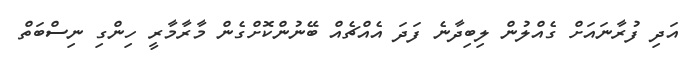
އަދި ފުރާނައަށް ގެއްލުން ލިބިދާނެ ފަދަ އެއްޗެއް ބޭނުންކޮށްގެން މާރާމާރީ ހިންގި ނިސްބަތް